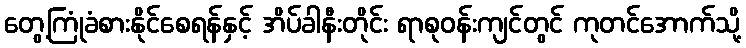
တွေ့ကြုံခံစားနိုင်စေရန်နှင့် အိပ်ခါနီးတိုင်း ရာစုဝန်းကျင်တွင် ကုတင်အောက်သို့